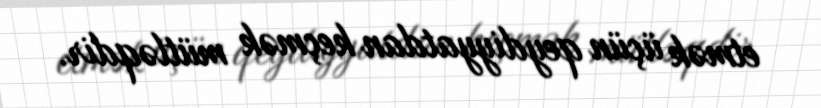
etmək üçün qeydiyyatdan keçmək mütləqdir.